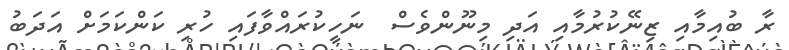
ރާ ބުއިމާއި ޒިނޭކުރުމާއި އަދި މިނޫންވެސް  ނަހީކުރައްވާފައި ހުރި ކަންކަމަށް އަދަބު